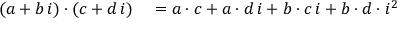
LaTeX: \begin{array} { r l } { ( a + b \, i ) \cdot ( c + d \, i ) } & { { } = a \cdot c + a \cdot d \, i + b \cdot c \, i + b \cdot d \cdot i ^ { 2 } } \end{array}